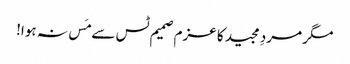
مگر مردِ مجید کا عزم صمیم ٹس سے مَس نہ ہوا!